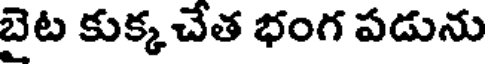
బైట కుక్క చేత భంగ పడును